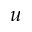
u